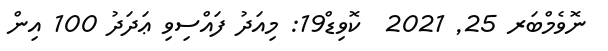
ނޮވެމްބަރ 25